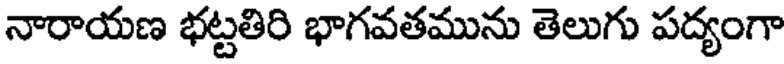
నారాయణ భట్టతిరి భాగవతమును తెలుగు పద్యంగా